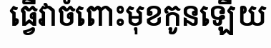
ធ្វើវាចំពោះមុខកូនឡើយ